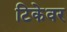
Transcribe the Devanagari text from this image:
टिकेवर